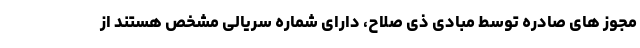
مجوز های صادره توسط مبادی ذی صلاح، دارای شماره سریالی مشخص هستند از